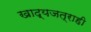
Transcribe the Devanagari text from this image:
खाद्यजत्राही